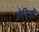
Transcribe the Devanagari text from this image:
हेनिसी